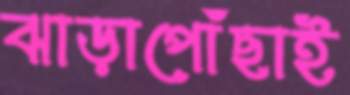
ঝাড়াপোঁছাই